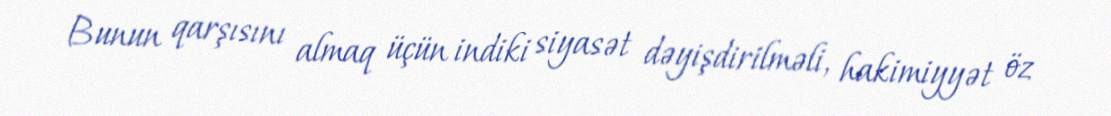
Bunun qarşısını almaq üçün indiki siyasət dəyişdirilməli, hakimiyyət öz